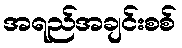
အရည်အချင်းစစ်